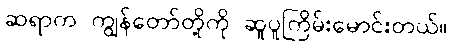
ဆရာက ကျွန်တော်တို့ကို ဆူပူကြိမ်းမောင်းတယ်။